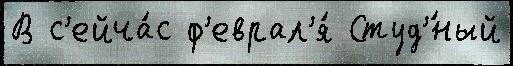
В с'ейча́с ф'еврал'я́ Студ'́ный